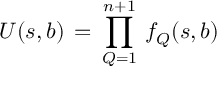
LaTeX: U ( s , b ) \, = \, \prod _ { Q = 1 } ^ { n + 1 } \, f _ { Q } ( s , b )